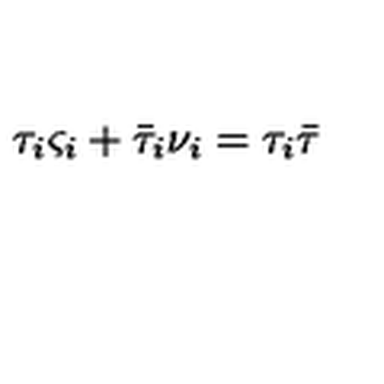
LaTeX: \tau _ { i } \varsigma _ { i } + \bar { \tau } _ { i } \nu _ { i } = \tau _ { i } \bar { \tau }